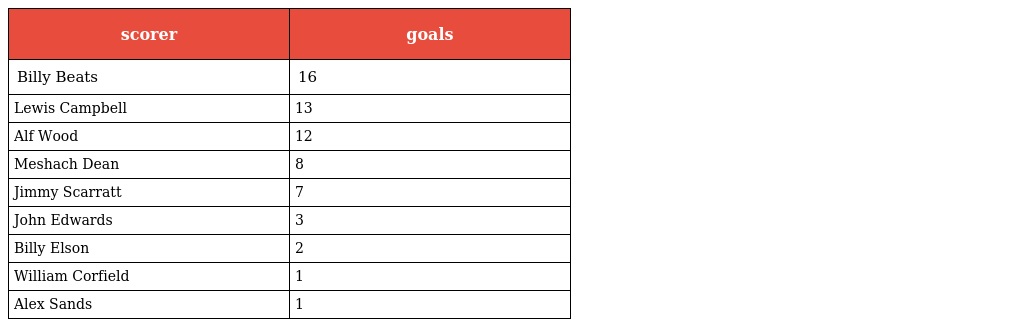
| scorer | goals |
 | --- | --- |
 | Billy Beats | 16 |
 | Lewis Campbell | 13 |
 | Alf Wood | 12 |
 | Meshach Dean | 8 |
 | Jimmy Scarratt | 7 |
 | John Edwards | 3 |
 | Billy Elson | 2 |
 | William Corfield | 1 |
 | Alex Sands | 1 |